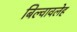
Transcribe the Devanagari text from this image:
बिल्वावलेह